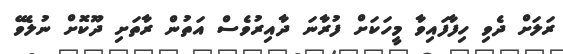
ރަލަށް ދެވި ހިފާފައިވާ މީހަކަށް ފުރާނަ ދާއިރުވެސް އަތުން ރާތަށި ދޫކޮށް ނުލެވޭ